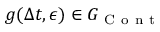
g ( \Delta t , \epsilon ) \in G _ { \mathrm { ~ C ~ o ~ n ~ t ~ } }